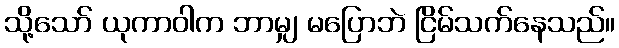
သို့သော် ယုကာဝါက ဘာမျှ မပြောဘဲ ငြိမ်သက်နေသည်။